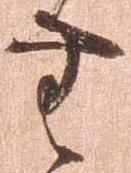
無